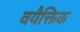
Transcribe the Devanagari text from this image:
वयैक्तिक